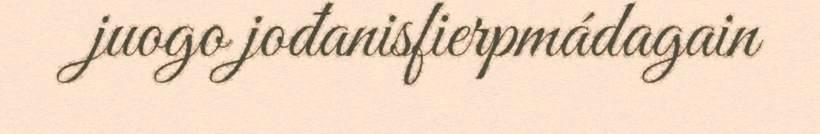
juogo jođanisfierpmádagain